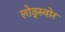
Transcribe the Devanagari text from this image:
लोड्स्वोर